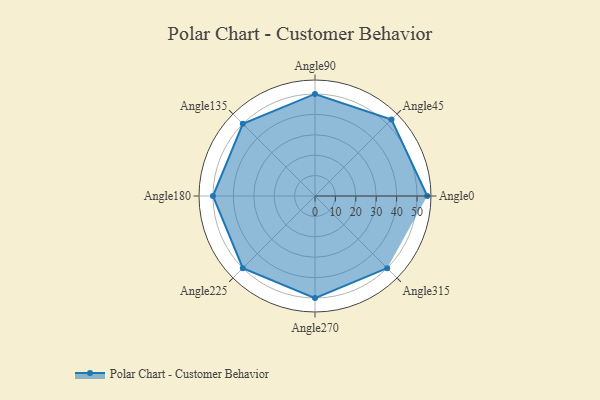
{"axis": {"x": "Angle", "y": "Radius"}, "legend": [""], "data": [{"x": "Angle0", "y": 55.0, "type": ""}, {"x": "Angle45", "y": 53.0, "type": ""}, {"x": "Angle90", "y": 50, "type": ""}, {"x": "Angle135", "y": 50, "type": ""}, {"x": "Angle180", "y": 50, "type": ""}, {"x": "Angle225", "y": 50, "type": ""}, {"x": "Angle270", "y": 50, "type": ""}, {"x": "Angle315", "y": 50, "type": ""}]}